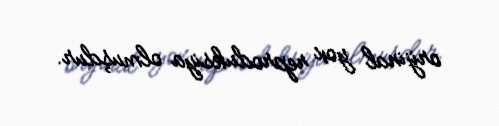
orijinal yox reproduksiya olmuşdur.